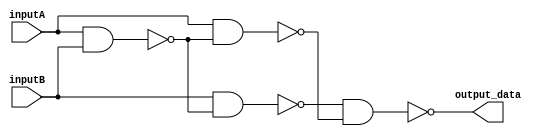
module my_1bit_xor(inputA, inputB, output_data);

	input inputA, inputB;
	
	output output_data;
	
	wire w1, w2, w3, notw1, notw2, notw3, w4;
	
	
	and myAnd1(w1, inputA, inputB);
	not myNot1(notw1, w1);
	
	and myAnd2(w2, inputA, notw1);
	not myNot2(notw2, w2);
	
	and myAnd3(w3, inputB, notw1);
	not myNot3(notw3, w3);
	
	and myAnd4(w4, notw3, notw2);
	not myNot4(output_data, w4);
	
	
endmodule